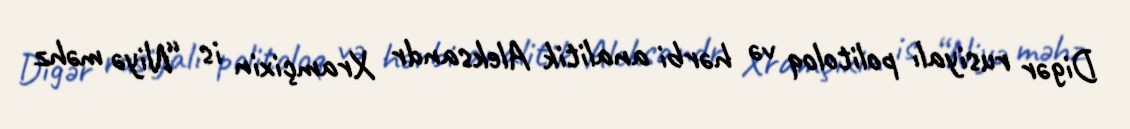
Digər rusiyalı politoloq və hərbi analitik Aleksandr Xramçixin is “Niyə məhz